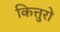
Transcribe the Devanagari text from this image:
कित्तुरो